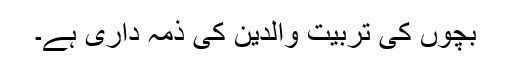
بچوں کی تربیت والدین کی ذمہ داری ہے۔